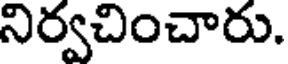
నిర్వచించారు.